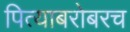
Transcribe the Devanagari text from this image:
पित्याबरोबरच